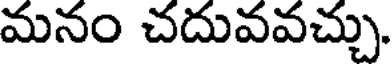
మనం చదువవచ్చు.